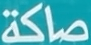
صاكة